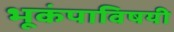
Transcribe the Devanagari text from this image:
भूकंपाविषयी